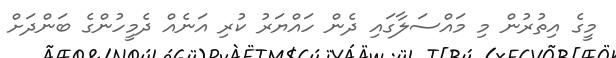
މީގެ އިތުރުން މި މައްސަލާގައި ދެން ހައްޔަރު ކުރި އަނެއް ދެމީހުންގެ ބަންދަށް